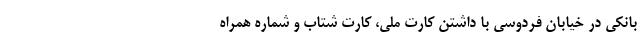
بانکی در خیابان فردوسی با داشتن کارت ملی، کارت شتاب و شماره همراه